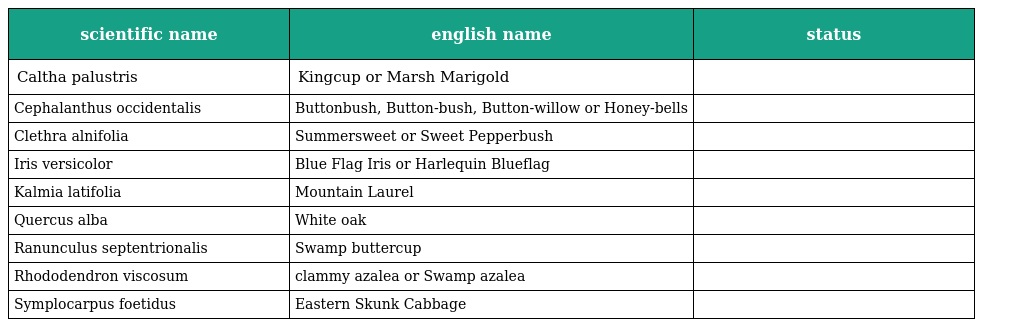
| scientific name | english name | status |
 | --- | --- | --- |
 | Caltha palustris | Kingcup or Marsh Marigold |  |
 | Cephalanthus occidentalis | Buttonbush, Button-bush, Button-willow or Honey-bells |  |
 | Clethra alnifolia | Summersweet or Sweet Pepperbush |  |
 | Iris versicolor | Blue Flag Iris or Harlequin Blueflag |  |
 | Kalmia latifolia | Mountain Laurel |  |
 | Quercus alba | White oak |  |
 | Ranunculus septentrionalis | Swamp buttercup |  |
 | Rhododendron viscosum | clammy azalea or Swamp azalea |  |
 | Symplocarpus foetidus | Eastern Skunk Cabbage |  |